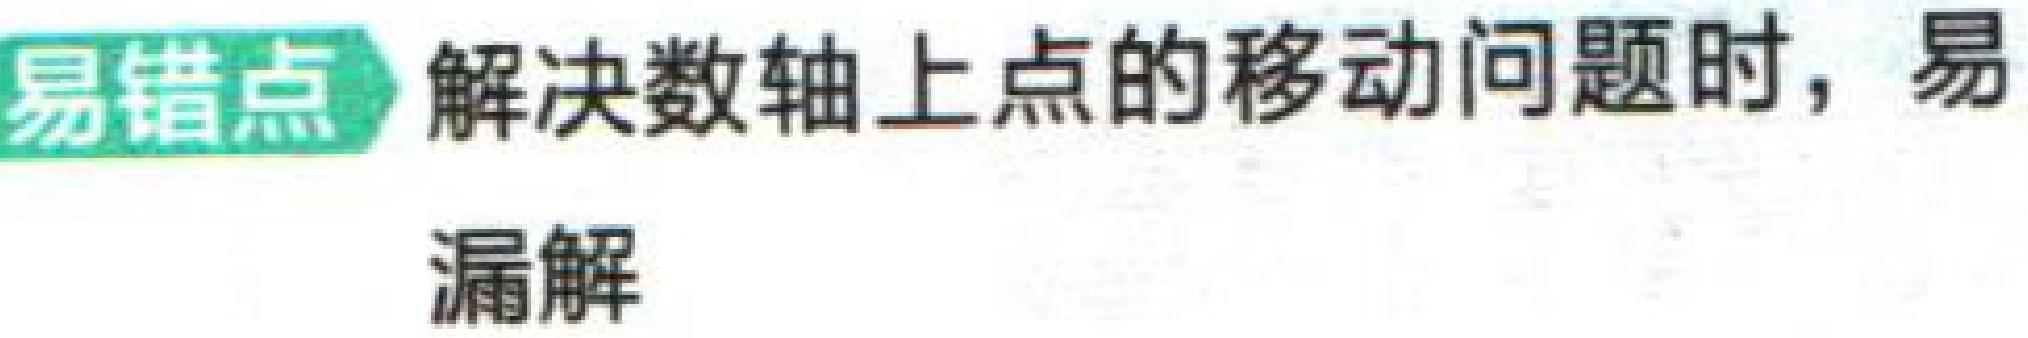
易错点 解决数轴上点的移动问题时，易

漏解